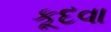
કૂદવા